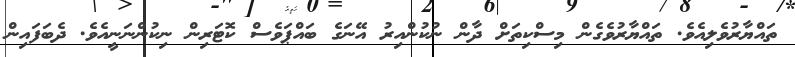
ތައްޔާރުވެލިއެވެ. ތައްޔާރުވެގެން މިސްކިތަށް ދާން ނުކުންއިރު އޭނަގެ ބައްޕަވެސް ކޮޓަރިން ނިކުންނަނީއެވެ. ދެބަފައިން